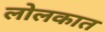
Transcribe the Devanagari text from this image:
लोलकात